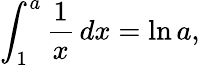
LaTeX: \int_{1}^{a}{\frac{1}{x}}\, dx=\ln a,